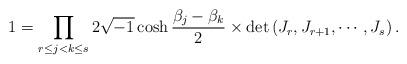
LaTeX: \begin{align*}1=\prod_{r\le j<k\le s}2\sqrt{-1}\cosh\frac{\beta_j-\beta_k}{2}\times\det\left(J_r,J_{r+1},\cdots,J_s\right).\end{align*}